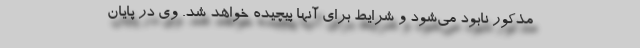
مذکور نابود می‌شود و شرایط برای آنها پیچیده خواهد شد. وی در پایان